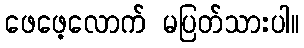
ဖေဖေ့လောက် မပြတ်သားပါ။